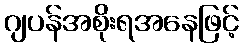
ဂျပန်အစိုးရအနေဖြင့်